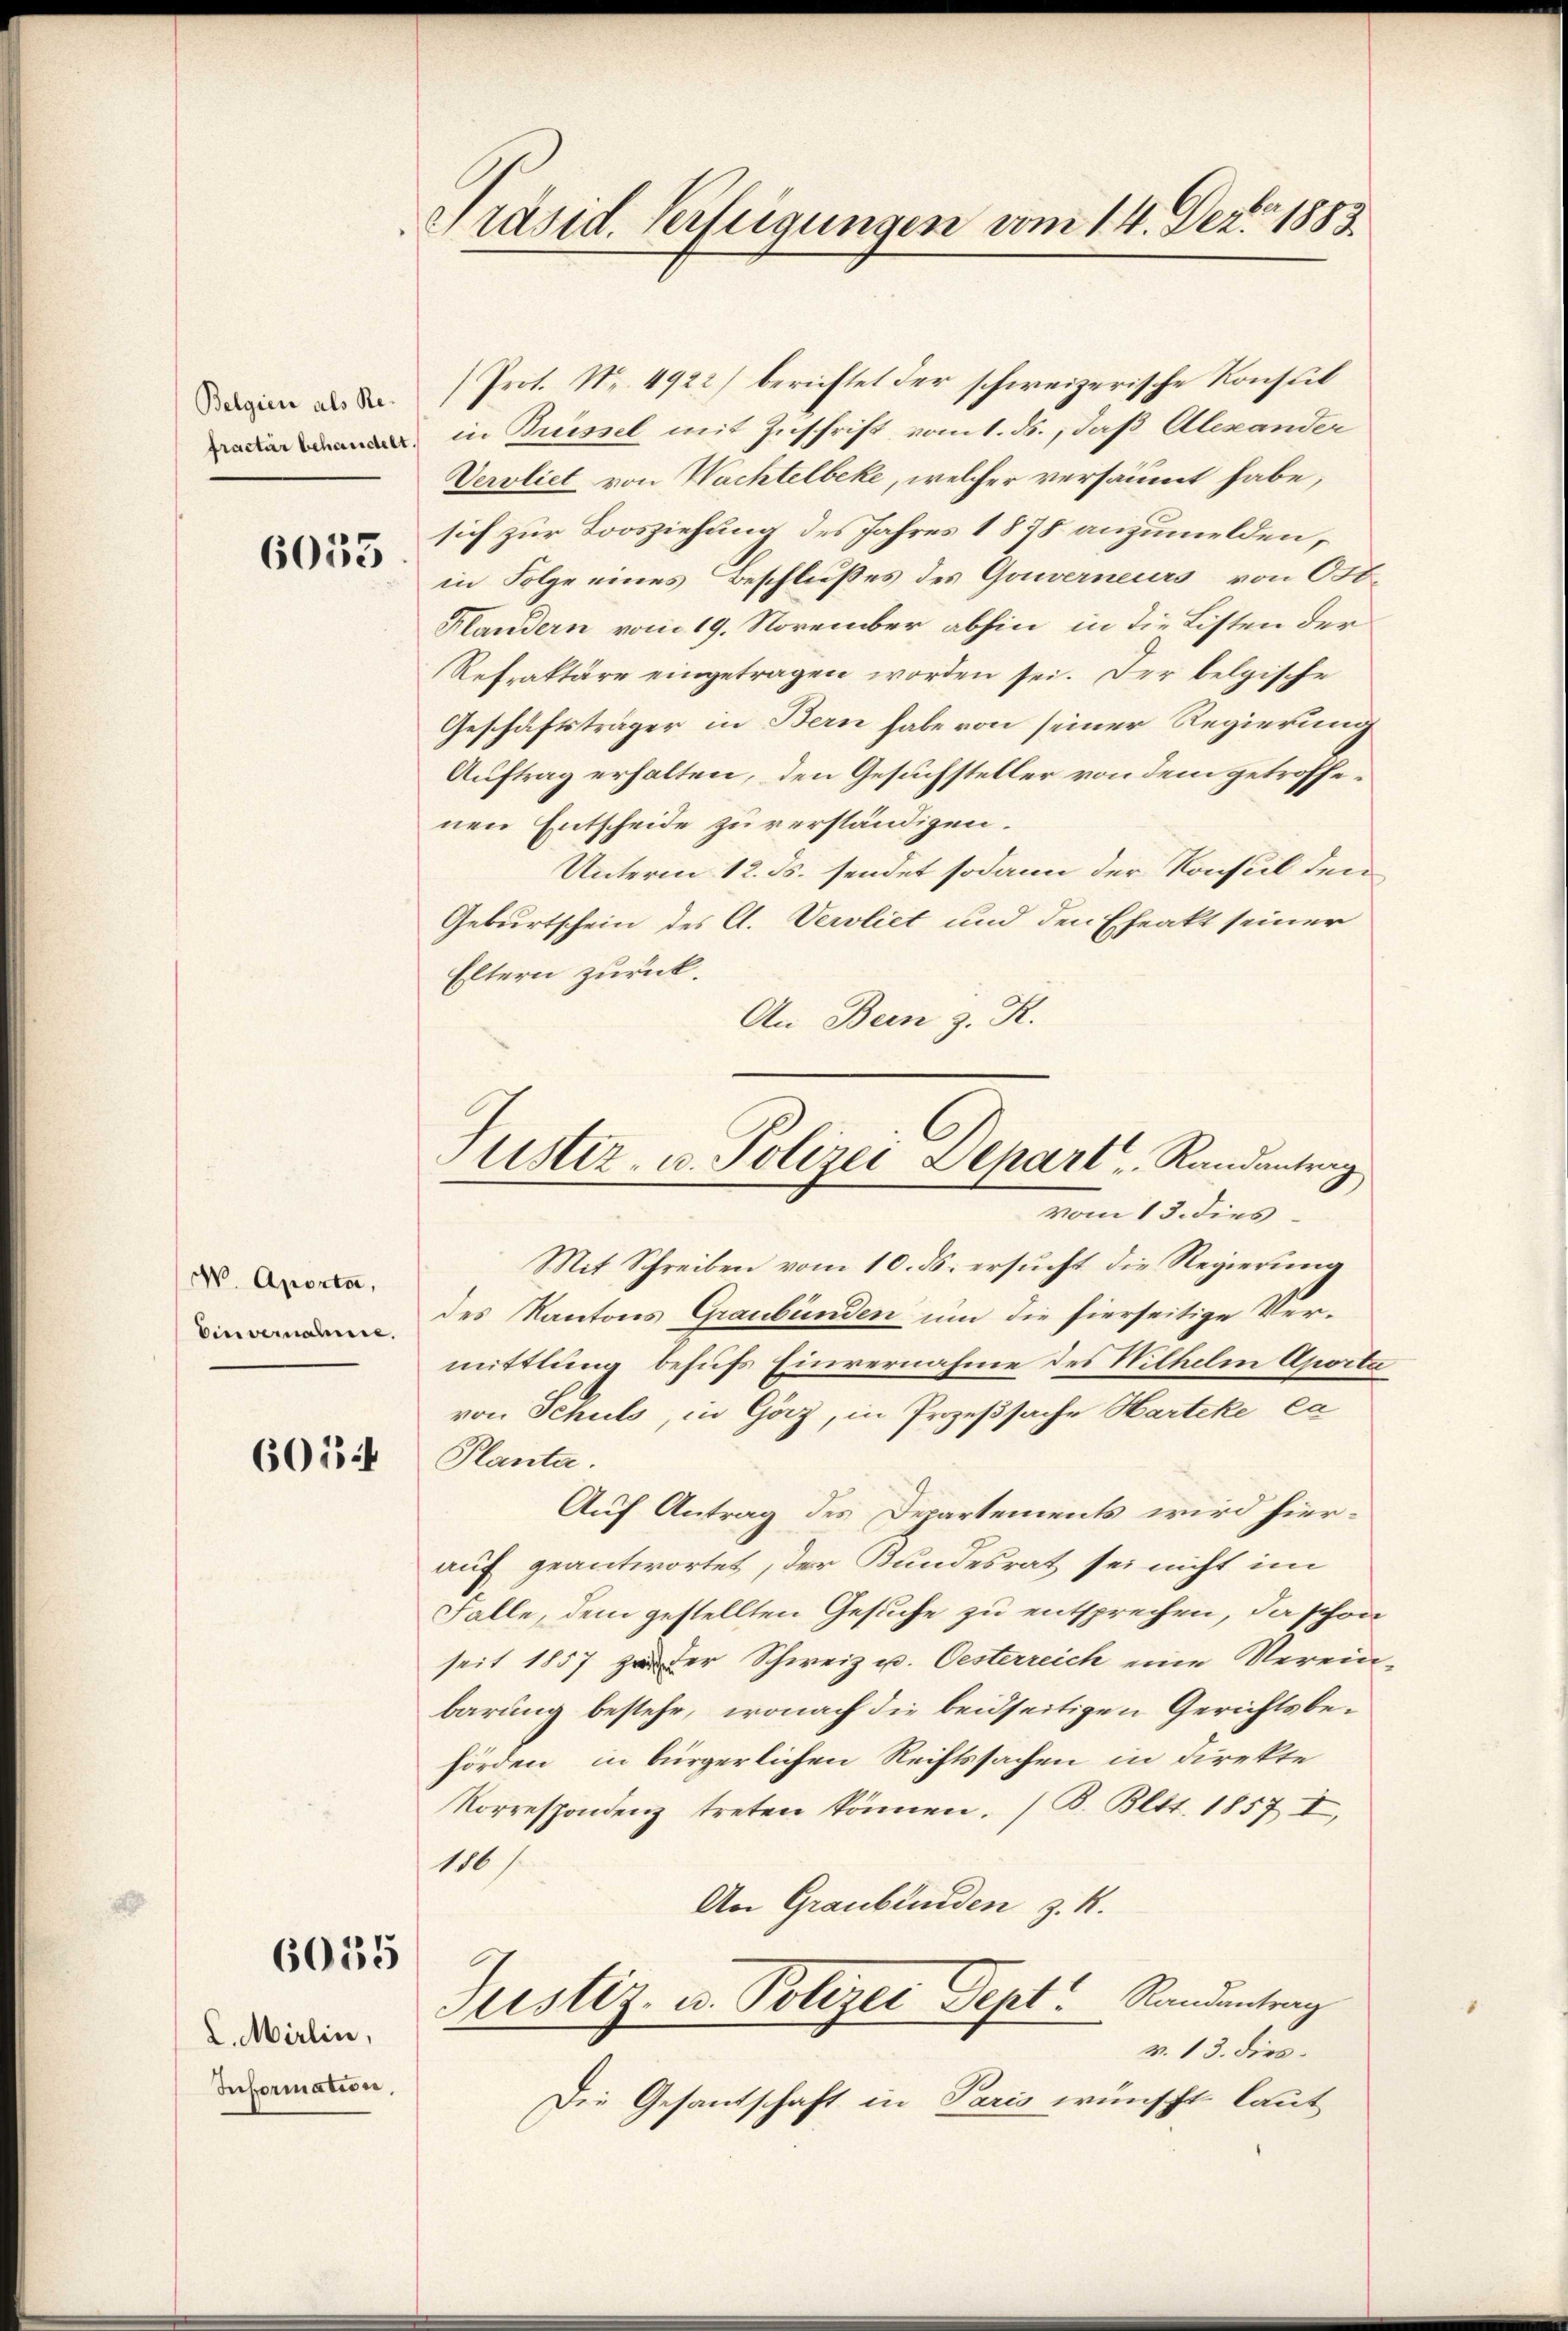
Belgien als Re¬

6053

W. Aporta,
Einvernahme.

6014

6055

L. Mirlin,
Information,

Präsid. Verfeigungen vom 14. Dez. 1883

(Prot. Nr. 4922) berichtet der schweizerische Konstit
in Puissel mit Zuschrift vom 1. ds., daß Alexander
Vervliet von Wachtelbeke, welcher versäumt habe,
sich zur Loosziehung des Jahres 1878 anzumelden,
in Folge eines Beschlußes des Gouverneurs, von Ost
Handern vom 19. November abhin in die Listen der
Refraktäre eingetragen worden sei. Der belgische
Geschäftsträger in Bern habe von seiner Regierung
Auftrag erhalten, den Gesuchsteller von dem getroffenen Entscheide zu verständigen.
Unterm 12. ds. sendet sodann der Konsul den
Geburtschein des A. Vervliet und den Eheakt seiner
Eltern zurück.
An Bern z. R.
Mit Schreiben vom 10. ds. ersucht die Regierung
des Kantons Graubünden um die hierseitige Vermittlung behufs Einvernahme des Wilhelm Aporta
von Schuls, in Götz, in Prozeßsache Hartike ca
Planta.
Auf Antrag des Departements wird hierauf geantwortet, der Bundesrat sei nicht im
Falle, dem gestellten Gesuche zu entsprechen, da schon
seit 1857 zu der Schweiz u. Oesterreich eine Verein
barung bestehe, wonach die beidseitigen Gerichtsbehörden, in bürgerlichen Rechtssachen in direkte
Korrespondenz treten können. / B. Bett. 1857 I,
116 f.
An Graubünden z. R.
C
Justiz- u. Polizei Sept. Randantrag
v. 13. dies
Die Gesantschaft in Paris wünscht laut

Justiz- u. Polizei Depart, Randantrag
vom 13. dies